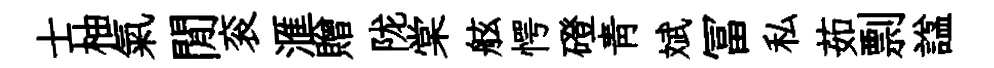
士柚氣閒衮滙贈陇棠舷愕磴青斌冨私茹剽諡